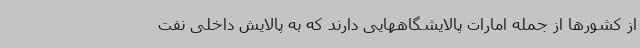
از کشورها از جمله امارات پالایشگاههایی دارند که به پالایش داخلی نفت